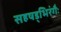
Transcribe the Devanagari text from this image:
सहषड्भिरंगैः